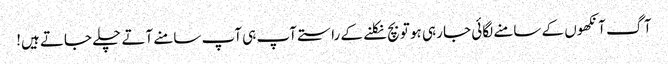
آگ آنکھوں کے سامنے لگائی جا رہی ہو تو بچ نکلنے کے راستے آپ ہی آپ سامنے آتے چلے جاتے ہیں!